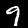
Digit: 9